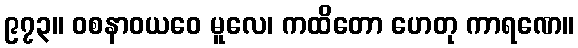
၉၇၃။ ဝစနာဝယဝေ မူလေ၊ ကထိတော ဟေတု ကာရဏေ။